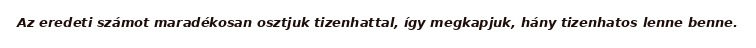
Az eredeti számot maradékosan osztjuk tizenhattal, így megkapjuk, hány tizenhatos lenne benne.